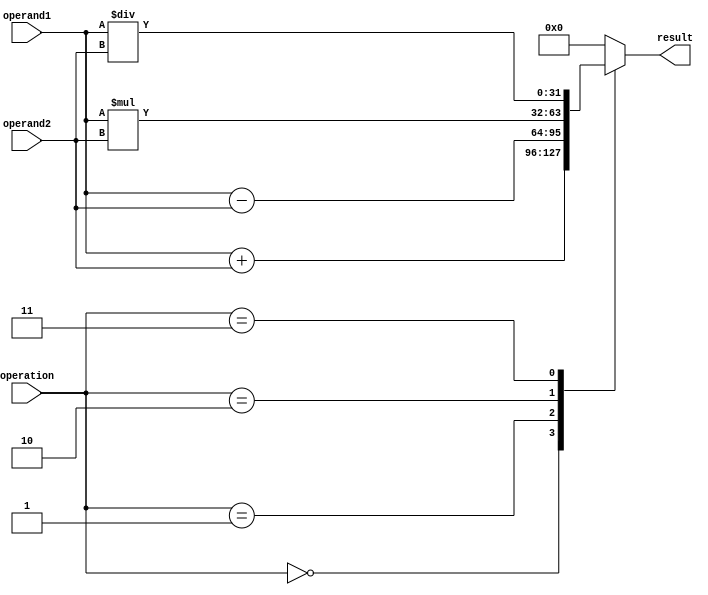
module single_precision_fpu (
    input wire [31:0] operand1,
    input wire [31:0] operand2,
    input wire [2:0] operation,
    output reg [31:0] result
);

// Define IEEE 754 floating point standard parameters

// Define float point adder circuit
// Define float point subtractor circuit
// Define float point multiplier circuit
// Define float point divider circuit

always @(*)
begin
    case(operation)
        3'b000: // Addition operation
            result <= operand1 + operand2;
        3'b001: // Subtraction operation
            result <= operand1 - operand2;
        3'b010: // Multiplication operation
            result <= operand1 * operand2;
        3'b011: // Division operation
            result <= operand1 / operand2;
        default: // Default case
            result <= 32'h00000000; // Return 0 for invalid operation
    endcase
end

endmodule